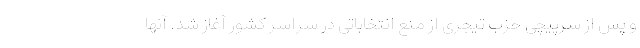
و پس از سرپیچی حزب تیجری از منع انتخاباتی در سراسر کشور آغاز شد. آنها